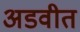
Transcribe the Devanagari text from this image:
अडवीत